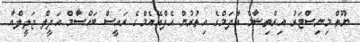
ޔޫތް މިނިސްޓަރު އިރްތިޝާމް އާދަމްގެ އިތުރުން އެފްއޭއެމްގެ ރައީސް ބައްސާމް އަދީލް ޖަލީލްއާ